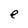
Character: e